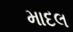
માદલ